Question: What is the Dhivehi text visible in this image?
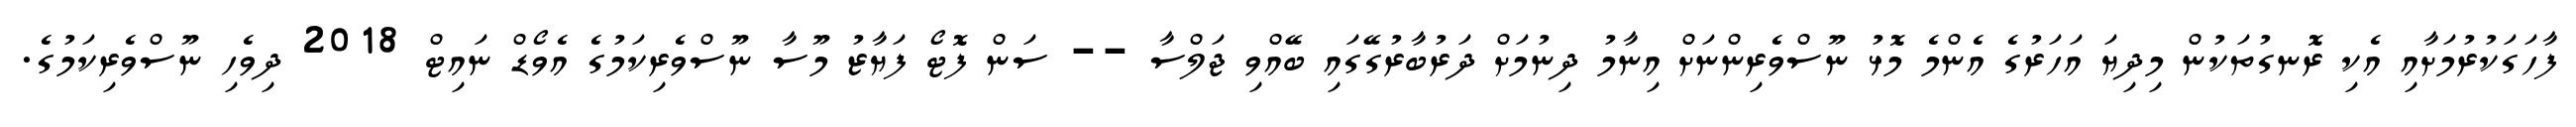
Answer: ފާހަގަކުރުމަށާއި އެކި ރޮނގުތަކުން މިދިޔަ އަހަރުގެ އެންމެ މޮޅު ނޫސްވެރިންނަށް އިނާމު ދިނުމަށް ދަރުބާރުގޭގައި ބޭއްވި ޖަލްސާ -- ސަން ފޮޓޯ ފަޔާޒު މޫސާ ނޫސްވެރިކަމުގެ އެވޯޑް ނައިޓް 2018 ދިވެހި ނޫސްވެރިކަމުގެ.